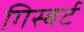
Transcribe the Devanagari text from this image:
गिस्बर्ट